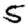
Digit: 5